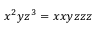
x ^ { 2 } y z ^ { 3 } = x x y z z z